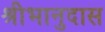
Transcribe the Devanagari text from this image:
श्रीभानुदास